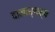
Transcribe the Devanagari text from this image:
दानाध्यक्ष